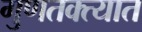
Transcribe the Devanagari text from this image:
गुणतक्त्यात